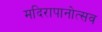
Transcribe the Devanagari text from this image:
मदिरापानोत्सव